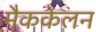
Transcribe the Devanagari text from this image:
मैककेलन